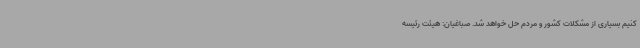
کنیم بسیاری از مشکلات کشور و مردم حل خواهد شد. صباغیان: هیئت رئیسه